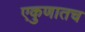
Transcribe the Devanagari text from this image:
एकुणातच